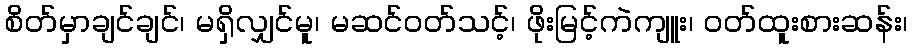
စိတ်မှာချင်ချင်၊ မရှိလျှင်မူ၊ မဆင်ဝတ်သင့်၊ ဖိုးမြင့်ကဲကျူး၊ ဝတ်ထူးစားဆန်း၊